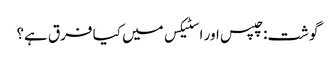
گوشت: چپس اور اسٹیکس میں کیا فرق ہے؟